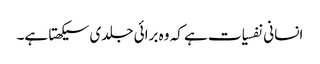
انسانی نفسیات ہے کہ وہ برائی جلدی سیکھتا ہے۔